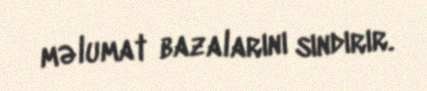
məlumat bazalarını sındırır.